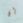
إن